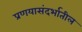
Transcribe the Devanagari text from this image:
प्रणयासंदर्भातील